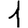
Digit: 1